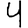
Digit: 4